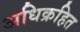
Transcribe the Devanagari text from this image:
अधिक्रहित